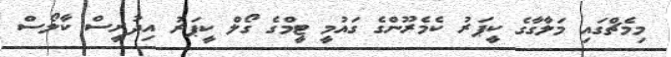
މިމެޗްގައި މަލާގާގެ ކީޕަރު ކެމެރޫންގެ ގައުމީ ޓީމްގެ ގޯލް ކީޕަރު އިދުރީސް ކާލޯސް